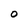
Character: 0